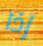
إذا